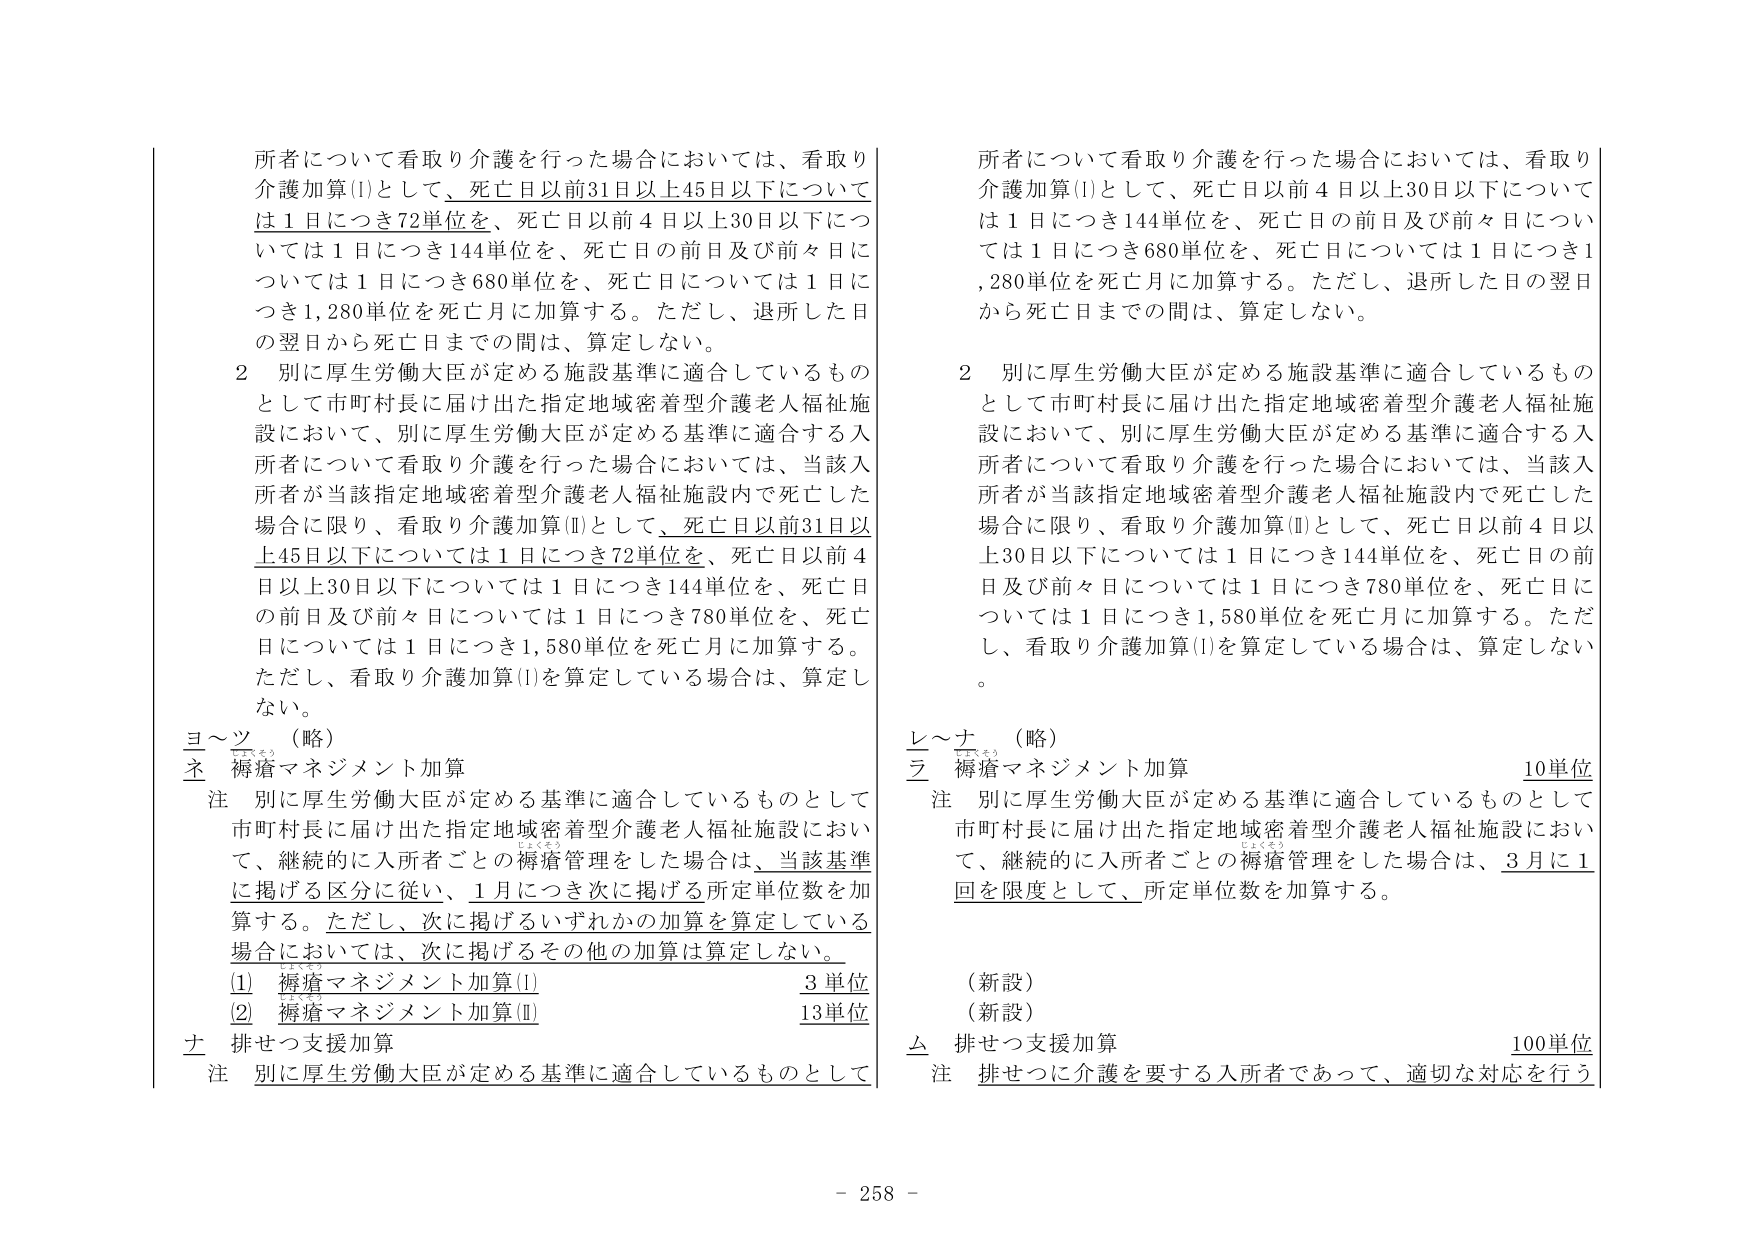
所者について看取り介護を行った場合においては、看取り介護加算(I)として、死亡日以前31日以上45日以下については1日につき72単位を、死亡日以前4日以上30日以下については1日につき144単位を、死亡日の前日及び前々日については1日につき680単位を、死亡日については1日につき1,280単位を死亡月に加算する。ただし、退所した日の翌日から死亡日までの間は、算定しない。

2 別に厚生労働大臣が定める施設基準に適合しているものとして市町村長に届け出た指定地域密着型介護老人福祉施設において、別に厚生労働大臣が定める基準に適合する入所者について看取り介護を行った場合においては、当該入所者が当該指定地域密着型介護老人福祉施設内で死亡した場合に限り、看取り介護加算(I)として、死亡日以前31日以上45日以下については1日につき72単位を、死亡日以前4日以上30日以下については1日につき144単位を、死亡日の前日及び前々日については1日につき780単位を、死亡日については1日につき1,580単位を死亡月に加算する。ただし、看取り介護加算(I)を算定している場合は、算定しない。

ヨ～ツ （略）
ネ 痴瘡マネジメント加算
注 別に厚生労働大臣が定める基準に適合しているものとして市町村長に届け出た指定地域密着型介護老人福祉施設において、継続的に入所者ごとの痴瘡管理をした場合は、当該基準に掲げる区分に従い、1月につき次に掲げる所定単位数を加算する。ただし、次に掲げるいずれかの加算を算定している場合においては、次に掲げるその他の加算は算定しない。
(1) 痴瘡マネジメント加算(I) 3単位
(2) 痴瘡マネジメント加算(II) 13単位
土 排せつ支援加算
注 別に厚生労働大臣が定める基準に適合しているものとして

所者について看取り介護を行った場合においては、看取り介護加算(I)として、死亡日以前4日以上30日以下については1日につき144単位を、死亡日の前日及び前々日については1日につき680単位を、死亡日については1日につき1,280単位を死亡月に加算する。ただし、退所した日の翌日から死亡日までの間は、算定しない。

2 別に厚生労働大臣が定める施設基準に適合しているものとして市町村長に届け出た指定地域密着型介護老人福祉施設において、別に厚生労働大臣が定める基準に適合する入所者について看取り介護を行った場合においては、当該入所者が当該指定地域密着型介護老人福祉施設内で死亡した場合に限り、看取り介護加算(I)として、死亡日以前4日以上30日以下については1日につき144単位を、死亡日の前日及び前々日については1日につき780単位を、死亡日については1日につき1,580単位を死亡月に加算する。ただし、看取り介護加算(I)を算定している場合は、算定しない。

レ～ナ （略）
ラ 痴瘡マネジメント加算 10単位
注 別に厚生労働大臣が定める基準に適合しているものとして市町村長に届け出た指定地域密着型介護老人福祉施設において、継続的に入所者ごとの痴瘡管理をした場合は、3月に1回を限度として、所定単位数を加算する。
（新設）
（新設）
ム 排せつ支援加算 100単位
注 排せつに介護を要する入所者であって、適切な対応を行う

- 258 -